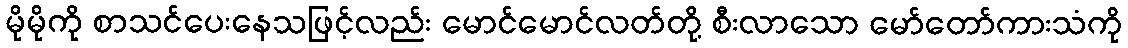
မိုမိုကို စာသင်ပေးနေသဖြင့်လည်း မောင်မောင်လတ်တို့ စီးလာသော မော်တော်ကားသံကို